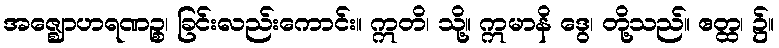
အဇ္ဈောဟရဏဉ္စ၊ ခြင်းလည်းကောင်း။ ဣတိ၊ သို့။ ဣမာနိ ဒွေ၊ တို့သည်။ ဧတ္ထ၊ ၌။